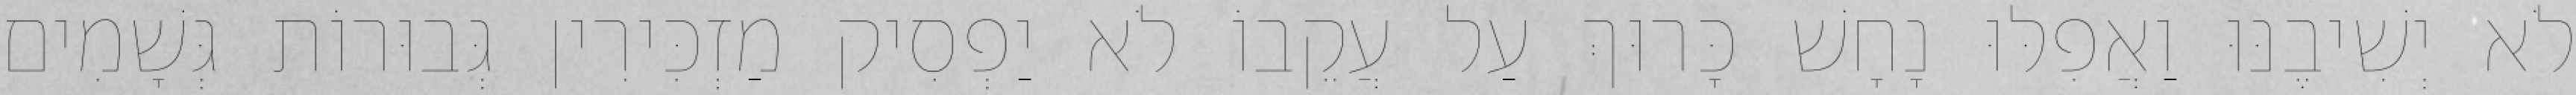
לֹא יְשִׁיבֶנּוּ וַאֲפִלּוּ נָחָשׁ כָּרוּךְ עַל עֲקֵבוֹ לֹא יַפְסִיק מַזְכִּירִין גְּבוּרוֹת גְּשָׁמִים